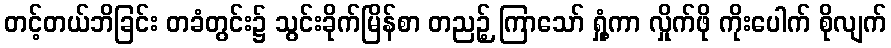
တင့်တယ်ဘိခြင်း တခံတွင်း၌ သွင်းခိုက်မြိန်စာ တညဉ့် ကြာသော် ရှုံ့ကာ လှိုက်ဖို ကိုးပေါက် စိုလျက်